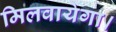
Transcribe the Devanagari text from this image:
मिलवायेगा।